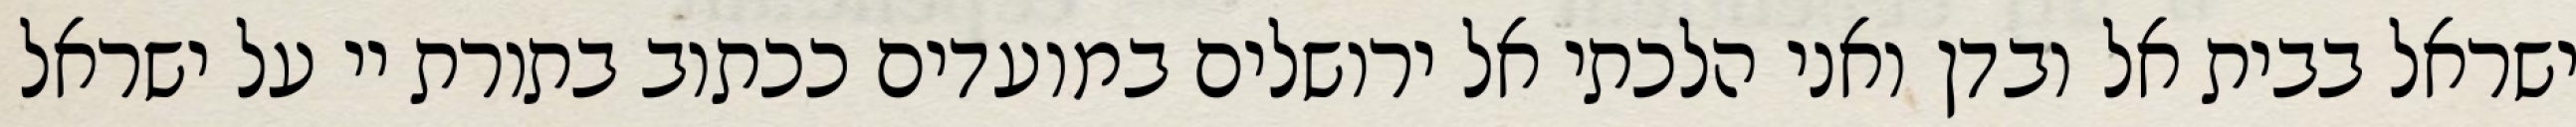
ישראל בבית אל ובדן ואני הלכתי אל ירושלים במועדים ככתוב בתורת יי על ישראל